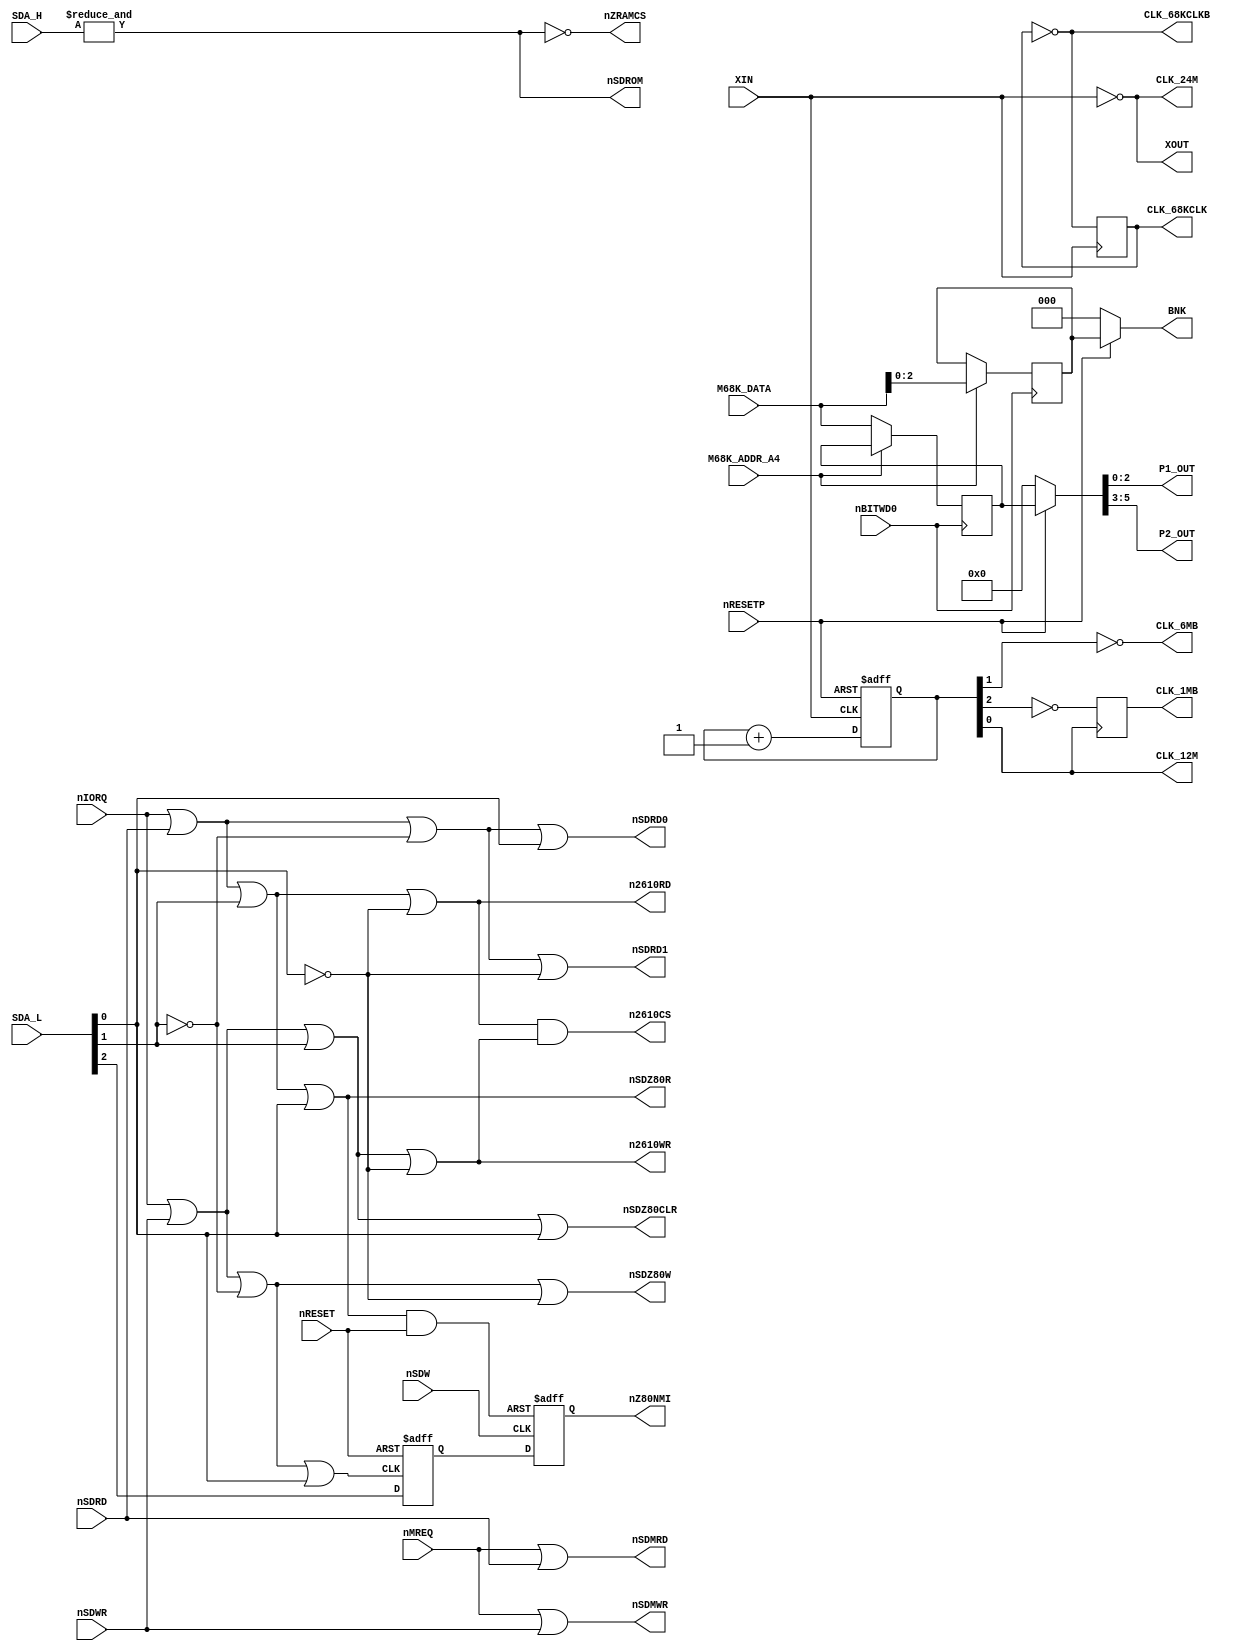
// SNK NEO-D0 logic definition
// 2020 Sean 'furrtek' Gonsalves - See LICENSE file
// TESTED: Clocks, Z80 subsystem signals
// UNTESTED: BNK and controller OUT outputs

module neo_d0(
	input [5:0] M68K_DATA,
	output [2:0] P1_OUT,
	output [2:0] P2_OUT,
	output nSDZ80R, nSDZ80W, nSDZ80CLR,
	output nSDROM, nSDMRD, nSDMWR,
	output nZRAMCS,
	input [15:11] SDA_H,
	input XIN,
	output XOUT,
	input nRESET,
	input nRESETP,
	output CLK_24M,
	output CLK_12M,
	output reg CLK_68KCLK,
	output CLK_68KCLKB,
	output CLK_6MB,
	output reg CLK_1MB,
	input [4:2] SDA_L,
	output reg nZ80NMI,
	input nSDW,
	input nSDRD, nSDWR, nMREQ, nIORQ,
	output nSDRD0, nSDRD1,
	output n2610CS, n2610RD, n2610WR,
	output [2:0] BNK,
	input nBITWD0,
	input M68K_ADDR_A4
);

	assign XOUT = ~XIN;
	assign CLK_24M = XOUT;
	
	reg [2:0] REG_BNK;
	reg [5:0] REG_OUT;
	
	assign {P2_OUT, P1_OUT} = nRESETP ? REG_OUT : 6'b000000;
	assign BNK = nRESETP ? REG_BNK : 3'b000;

	always @(negedge nBITWD0) begin
		if (M68K_ADDR_A4)
			REG_BNK <= M68K_DATA[2:0];
		else
			REG_OUT <= M68K_DATA[5:0];
	end
	

	reg nNMI_EN;
	wire nIORD, nIOWR;
	wire nNMI_SET, nNMI_RESET;
	
	// $0000~$F7FF: ROM
	// $F800~$FFFF: RAM
	assign nSDROM = &{SDA_H};
	assign nZRAMCS = ~nSDROM;

	assign nSDMRD = nMREQ | nSDRD;	// RAM read
	assign nSDMWR = nMREQ | nSDWR;	// RAM write
	
	assign nIORD = nIORQ | nSDRD;	// Port read
	assign nIOWR = nIORQ | nSDWR;	// Port write

	// Port $x0, $x1, $x2, $x3 read
	assign nSDZ80R = (nIORD | SDA_L[3] | SDA_L[2]);
	// Port $x0, $x1, $x2, $x3 write
	assign nSDZ80CLR = (nIOWR | SDA_L[3] | SDA_L[2]);
	
	// Port $x4, $x5, $x6, $x7 read
	assign n2610RD = (nIORD | SDA_L[3] | ~SDA_L[2]);
	// Port $x4, $x5, $x6, $x7 write
	assign n2610WR = (nIOWR | SDA_L[3] | ~SDA_L[2]);
	assign n2610CS = n2610RD & n2610WR;
	
	// Port $x8, $x9, $xA, $xB read
	assign nSDRD0 = (nIORD | ~SDA_L[3] | SDA_L[2]);
	// Port $x8, $x9, $xA, $xB write
	assign nNMI_SET = (nIOWR | ~SDA_L[3] | SDA_L[2]);
	
	// Port $xC, $xD, $xE, $xF read
	assign nSDRD1 = (nIORD | ~SDA_L[3] | ~SDA_L[2]);
	// Port $xC, $xD, $xE, $xF write
	assign nSDZ80W = (nIOWR | ~SDA_L[3] | ~SDA_L[2]);

	assign nNMI_RESET = nSDZ80R & nRESET;
	
	// NMI enable DFF
	always @(posedge nNMI_SET or negedge nRESET) begin
		if (!nRESET)
			nNMI_EN <= 1'b1;
		else
			nNMI_EN <= SDA_L[4];
	end
	
	// NMI trig DFF
	always @(posedge nSDW or negedge nNMI_RESET) begin
		if (!nNMI_RESET)
			nZ80NMI <= 1'b1;
		else
			nZ80NMI <= nNMI_EN;
	end

	reg [2:0] CLK_DIV;
	wire CLK_3M;
	
	// MV4 C4:A
	always @(posedge CLK_24M)
		CLK_68KCLK <= ~CLK_68KCLK;
	
	assign CLK_68KCLKB = ~CLK_68KCLK;
	
	always @(negedge CLK_24M or negedge nRESETP) begin
		if (!nRESETP)
			CLK_DIV <= 3'b100;
		else
			CLK_DIV <= CLK_DIV + 1'b1;
	end
	
	assign CLK_12M = CLK_DIV[0];
	assign CLK_6MB = ~CLK_DIV[1];
	assign CLK_3M = CLK_DIV[2];
		
	// MV4 C4:B
	always @(posedge CLK_12M)
		CLK_1MB <= ~CLK_3M;
	
endmodule